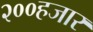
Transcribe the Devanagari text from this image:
२००हजार